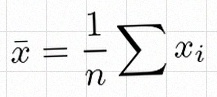
\bar{x}=\frac1n\sum x_i